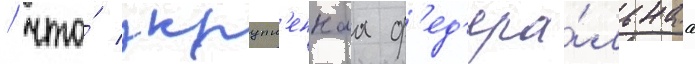
/ что́ укрупн'еннаа ф'ед'ера́льнаа